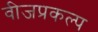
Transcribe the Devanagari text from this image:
वीजप्रकल्प